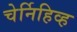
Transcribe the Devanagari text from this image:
चेर्निहिव्ह